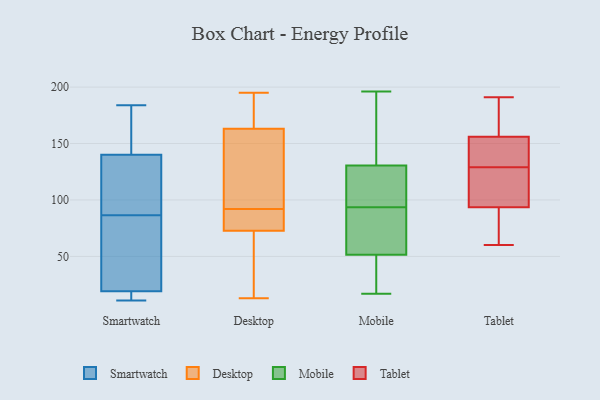
{"axis": {"x": "Bounce Rate (%)", "y": "Value"}, "legend": ["Desktop", "Mobile", "Smartwatch", "Tablet"], "data": [{"x": "", "y": 72, "type": "Smartwatch"}, {"x": "", "y": 26, "type": "Smartwatch"}, {"x": "", "y": 19, "type": "Smartwatch"}, {"x": "", "y": 179, "type": "Smartwatch"}, {"x": "", "y": 36, "type": "Smartwatch"}, {"x": "", "y": 184, "type": "Smartwatch"}, {"x": "", "y": 127, "type": "Smartwatch"}, {"x": "", "y": 19, "type": "Smartwatch"}, {"x": "", "y": 101, "type": "Smartwatch"}, {"x": "", "y": 174, "type": "Smartwatch"}, {"x": "", "y": 14, "type": "Smartwatch"}, {"x": "", "y": 11, "type": "Smartwatch"}, {"x": "", "y": 103, "type": "Smartwatch"}, {"x": "", "y": 140, "type": "Smartwatch"}, {"x": "", "y": 41, "type": "Desktop"}, {"x": "", "y": 185, "type": "Desktop"}, {"x": "", "y": 169, "type": "Desktop"}, {"x": "", "y": 13, "type": "Desktop"}, {"x": "", "y": 80, "type": "Desktop"}, {"x": "", "y": 155, "type": "Desktop"}, {"x": "", "y": 92, "type": "Desktop"}, {"x": "", "y": 136, "type": "Desktop"}, {"x": "", "y": 79, "type": "Desktop"}, {"x": "", "y": 54, "type": "Desktop"}, {"x": "", "y": 84, "type": "Desktop"}, {"x": "", "y": 161, "type": "Desktop"}, {"x": "", "y": 127, "type": "Desktop"}, {"x": "", "y": 90, "type": "Desktop"}, {"x": "", "y": 194, "type": "Desktop"}, {"x": "", "y": 195, "type": "Desktop"}, {"x": "", "y": 31, "type": "Desktop"}, {"x": "", "y": 55, "type": "Mobile"}, {"x": "", "y": 154, "type": "Mobile"}, {"x": "", "y": 52, "type": "Mobile"}, {"x": "", "y": 150, "type": "Mobile"}, {"x": "", "y": 111, "type": "Mobile"}, {"x": "", "y": 194, "type": "Mobile"}, {"x": "", "y": 132, "type": "Mobile"}, {"x": "", "y": 41, "type": "Mobile"}, {"x": "", "y": 129, "type": "Mobile"}, {"x": "", "y": 84, "type": "Mobile"}, {"x": "", "y": 25, "type": "Mobile"}, {"x": "", "y": 33, "type": "Mobile"}, {"x": "", "y": 17, "type": "Mobile"}, {"x": "", "y": 120, "type": "Mobile"}, {"x": "", "y": 196, "type": "Mobile"}, {"x": "", "y": 72, "type": "Mobile"}, {"x": "", "y": 118, "type": "Mobile"}, {"x": "", "y": 54, "type": "Mobile"}, {"x": "", "y": 103, "type": "Mobile"}, {"x": "", "y": 51, "type": "Mobile"}, {"x": "", "y": 119, "type": "Tablet"}, {"x": "", "y": 158, "type": "Tablet"}, {"x": "", "y": 136, "type": "Tablet"}, {"x": "", "y": 124, "type": "Tablet"}, {"x": "", "y": 138, "type": "Tablet"}, {"x": "", "y": 92, "type": "Tablet"}, {"x": "", "y": 74, "type": "Tablet"}, {"x": "", "y": 191, "type": "Tablet"}, {"x": "", "y": 60, "type": "Tablet"}, {"x": "", "y": 163, "type": "Tablet"}, {"x": "", "y": 181, "type": "Tablet"}, {"x": "", "y": 98, "type": "Tablet"}, {"x": "", "y": 150, "type": "Tablet"}, {"x": "", "y": 129, "type": "Tablet"}, {"x": "", "y": 60, "type": "Tablet"}]}